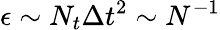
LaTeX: \epsilon\sim N_{t}\Delta t^{2}\sim N^{-1}